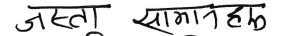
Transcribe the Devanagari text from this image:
जस्ताू सामानहरु